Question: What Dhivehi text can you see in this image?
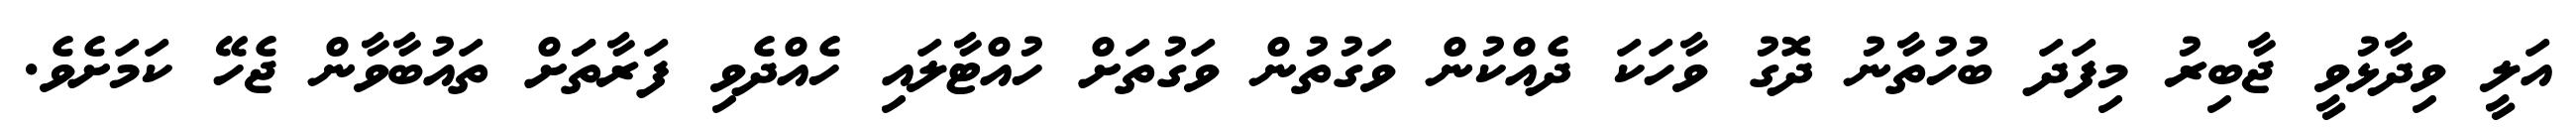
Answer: އަލީ ވިދާޅުވީ ޖާބިރު މިފަދަ ބުހުތާނު ދޮގު ވާހަކަ ދެއްކުން ވަގުތުން ވަގުތަށް ހުއްޓާލައި ހެއްދެވި ފަރާތަަށް ތައުބާވާން ޖެހޭ ކަމަށެވެ.